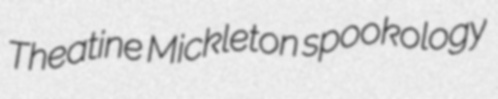
Theatine Mickleton spookology